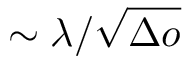
\sim \lambda / \sqrt { \Delta o }